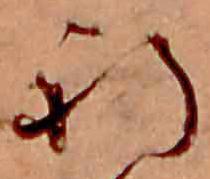
祈